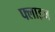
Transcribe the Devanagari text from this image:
फ्लाइज